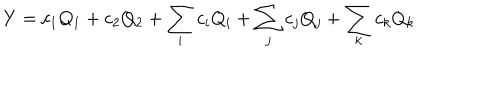
LaTeX: Y = c _ { 1 } Q _ { 1 } + c _ { 2 } Q _ { 2 } + \sum _ { i } c _ { i } Q _ { i } + \sum _ { j } c _ { j } Q _ { j } + \sum _ { k } c _ { k } Q _ { k }